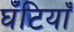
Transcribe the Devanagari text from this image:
घँटियाँ